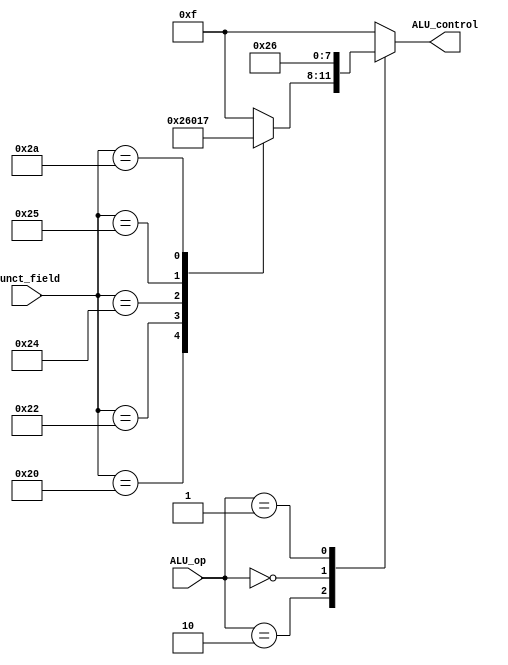
module ALU_Control(
input [1:0] ALU_op,
input [5:0] funct_field,
output reg [3:0] ALU_control
);
	always begin
		//r-type instruction
		case (ALU_op)
			//r-type instruction
			2'b10: begin
				case (funct_field) 
					6'b100000: ALU_control <= 4'b0010;	//Add operation for r-type instruction
					6'b100010: ALU_control <= 4'b0110;	//Subtract operation for r-type instruction
					6'b100100: ALU_control <= 4'b0000;	//AND operation for r-type instruction
					6'b100101: ALU_control <= 4'b0001;	//OR operation for r-type instruction
					6'b101010: ALU_control <= 4'b0111;	//SLT operation for r-type instruction
					default ALU_control <= 4'b1111;		//Should not happen, shall raise exception in future iteration
				endcase
			end
			2'b00: ALU_control <= 4'b0010;				//LW or SW instruction			
			2'b01: ALU_control <= 4'b0110;				//Branch equal instruction
			default ALU_control <= 4'b1111; 				//Should not happen, shall raise exception in future iteration
		endcase		
		end
endmodule